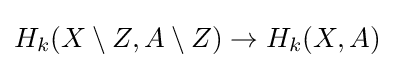
H_{k}(X\setminus Z,A\setminus Z)\rightarrow H_{k}(X,A)